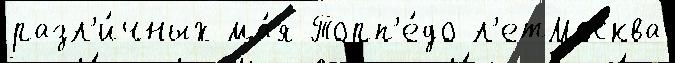
разл'и́чных ма́я Торп'е́до л'етМосква